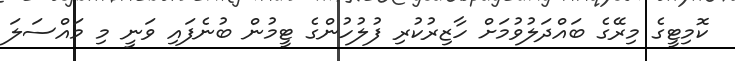
ކޮމިޓީގެ މިރޭގެ ބައްދަލުވުމަށް ހާޒިރުކުރި ފުލުހުންގެ ޓީމުން ބުނެފައި ވަނީ މި މައްސަލަ